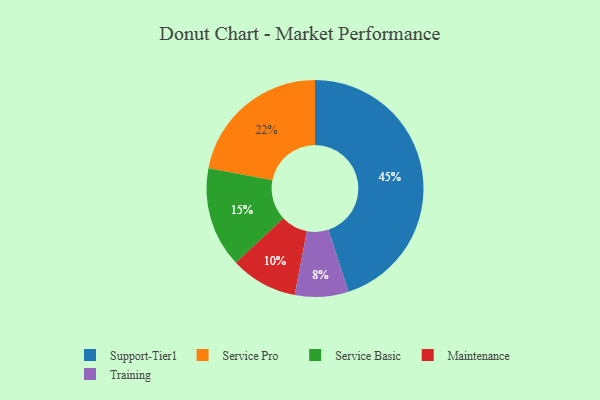
{"axis": {"x": "Category", "y": "Percentage"}, "legend": ["Maintenance", "Service Basic", "Service Pro", "Support-Tier1", "Training"], "data": [{"x": "Training", "y": 8, "type": "Training"}, {"x": "Support-Tier1", "y": 45, "type": "Support-Tier1"}, {"x": "Service Basic", "y": 15, "type": "Service Basic"}, {"x": "Service Pro", "y": 22, "type": "Service Pro"}, {"x": "Maintenance", "y": 10, "type": "Maintenance"}]}